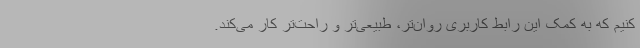
کنیم که به کمک این رابط کاربری روان‌تر، طبیعی‌تر و راحت‌تر کار می‌کند.